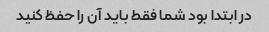
در ابتدا بود شما فقط باید آن را حفظ کنید